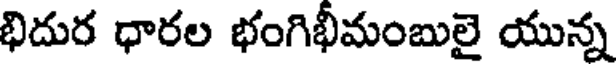
భిదుర ధారల భంగిభీమంబులై యున్న